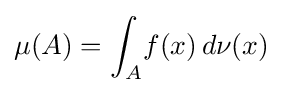
\mu (A)=\int _{A}\!f(x)\,d\nu (x)